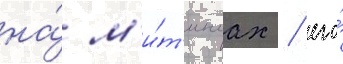
на́ м'и́т'ингах / его́